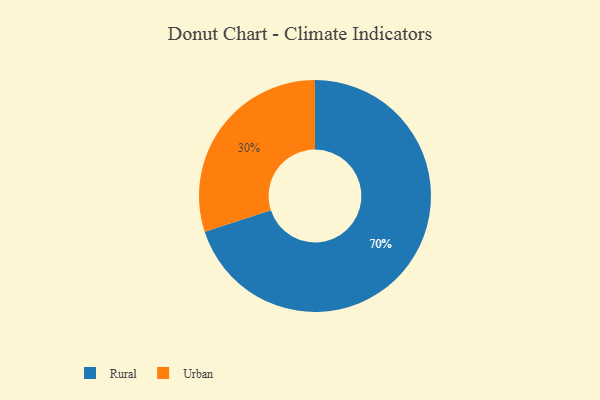
{"axis": {"x": "Category", "y": "Percentage"}, "legend": ["Rural", "Urban"], "data": [{"x": "Urban", "y": 30, "type": "Urban"}, {"x": "Rural", "y": 70, "type": "Rural"}]}